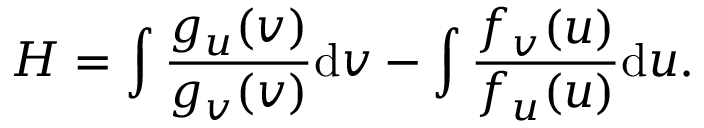
H = \int \frac { g _ { u } ( v ) } { g _ { v } ( v ) } \mathrm { d } v - \int \frac { f _ { v } ( u ) } { f _ { u } ( u ) } \mathrm { d } u .